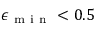
\epsilon _ { \mathrm { ~ m ~ i ~ n ~ } } < 0 . 5